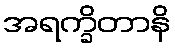
အရက္ခိတာနိ